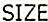
SIZE